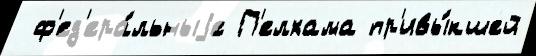
 ф'ед'ера́льныjе П'елхама пр'ивы́кшей